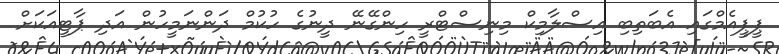
ޕީޕީއެމްގައި އެބަތިބި އިސްލާމިކް މިނިސްޓްރީ ހިންގޭނޭ ދީނުގެ ހުކުމް ދަންނަމީހުން އަދި ޕާޓީއަކަށް